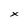
Character: x